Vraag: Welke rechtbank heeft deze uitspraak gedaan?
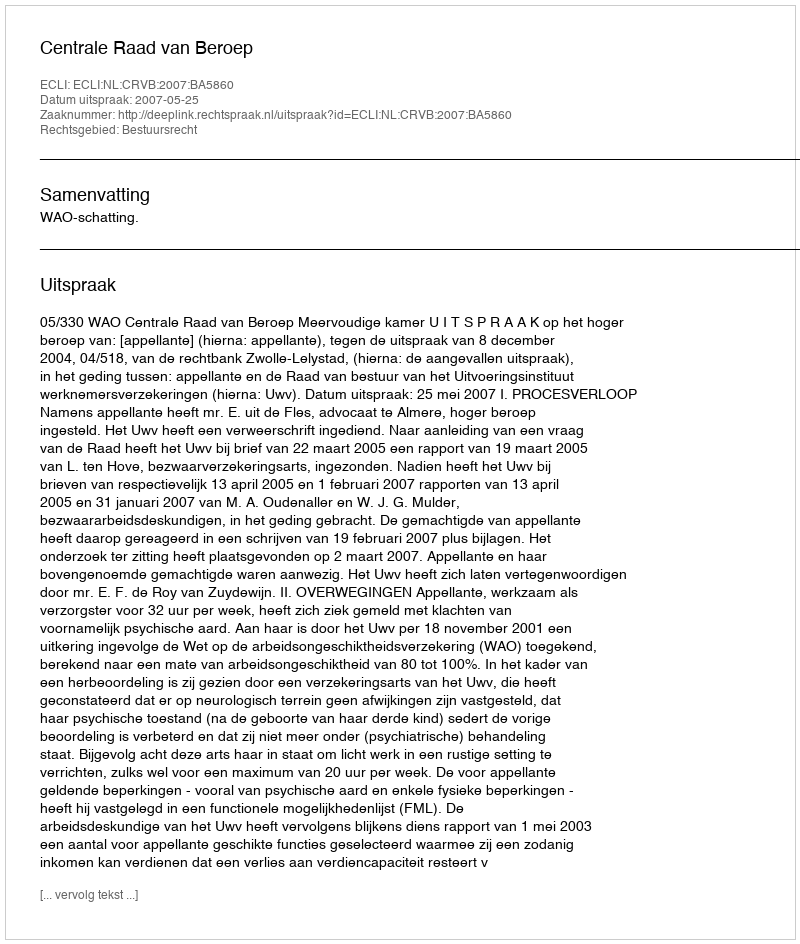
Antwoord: Centrale Raad van Beroep